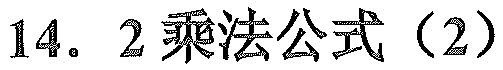
14. 2乘法公式（2）